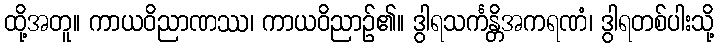
ထို့အတူ။ ကာယဝိညာဏဿ၊ ကာယဝိညာဉ်၏။ ဒွါရသင်္ကန္တိအကရဏံ၊ ဒွါရတစ်ပါးသို့